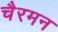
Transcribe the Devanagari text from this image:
चैरमन